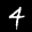
Label: 4